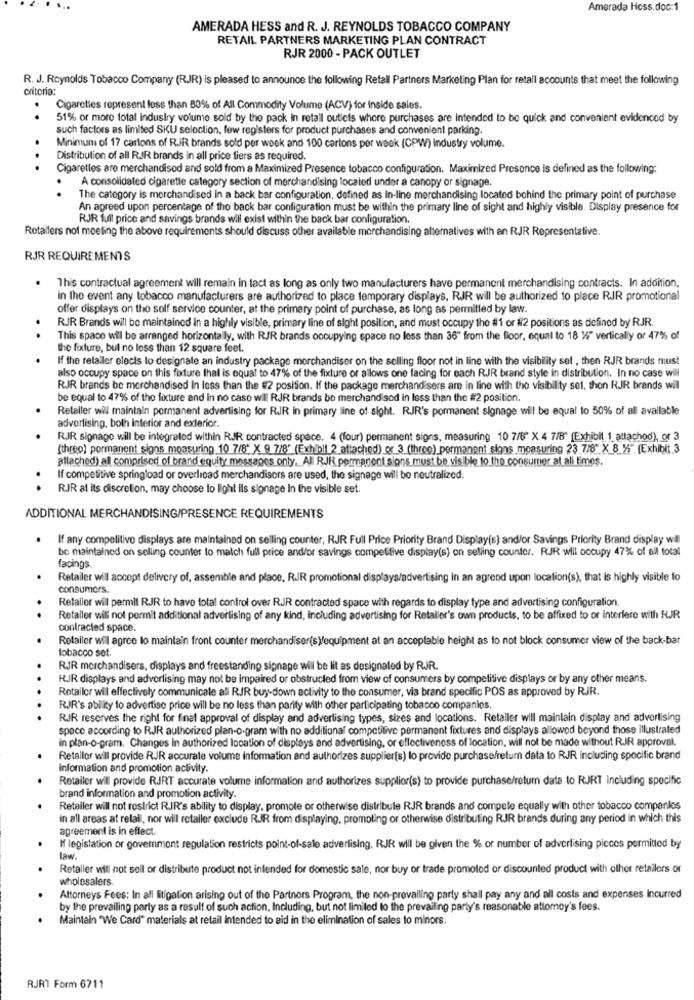
Amorada Hoss.doc:1
AMERADA HESS and R. J. REYNOLDS TOBACCO COMPANY
RETAIL PARTNERS MARKETING PLAN CONTRACT
RJR 2000 - PACK OUTLET
R. J. Reynolds Tobacco Company (RJR) is pleased to announce the following Retail Partners Marketing Plan for retall accounts that meet the following
criteria:
Cigarettes represent less than 80% of All Commodity Volume (ACV) for Inside sales.
..
51% or more total industry volume sold by the pack in retail outlets where purchases are intended to be quick and convenient evidenced by
such factors as limited SKU selection, few registers for product purchases and convenient parking.
.
Minimum of 17 cartons of RJR brands sold per week and 100 cartons per week (CPW) industry volume.
.
Distribution of all RJJR brands in all price fiers as required.
Cigarettes are merchandisod and sold from a Maximized Presence tobacco configuration. Maximized Presence is defined as the following:
A consolidated cigarette category section of merchandising located under a canopy or signage.
..
The category is merchandised in a back bar configuration, defined as In-line merchandising located behind the primary point of purchase
An agreed upon percentage of the back bar configuration must be within the primary line of sight and highly visible. Display presence for
RJR full price and savings brands will exist within the back bar configuration.
Retailers not meeting the above requirements should discuss other available merchandising alternatives with an RJR Representative.
RJR REQUIREMENTS
This contractual agreement will remain in fact as long as only two manufacturers have permanent merchandising contracts. In addition,
in the event any tobacco manufacturers are authorized to place temporary displays, RJR will be authorized to place RJR promotional
offer displays on the self service counter, at the primery point of purchase, as long as permitled by law.
RJR Brands will be maintained in a highly visible, primary line of sight position, and must occupy the #1 or #2 positions as defined by RJR.
.
This space will be arranged horizontally, with RJR brands occupying space no less than 36" from the floor, equal to 18 1/4" vertically or 47% of
the fixture, but no less than 12 square feet.
If the retailer elects to designate an industry package merchandiser on the selling floor not in line with the visibility set , then RJR brands must
also occupy space on this fixture that is equal to 47% of the fixture or allows one facing for each RJR brand style in distribution. In no case wil
RJR brands be merchandised In less than the #2 position. If the package merchandisers are in line with the visibility sel, thon RJR brands wil
be equal to 47% of the fixture and in no caso wil RJR brands be merchandisod in less than the #2 position.
Releller will maintain permanent advertising for RJR in primary line of sight. RJR's pormanent signage will be equal to 50% of all available
advertising, both interior and exterior.
R.IR signage will be integrated within RJR contracted space. 4 (four) permanent signs, measuring 10 7/8" X 4 7/8" (Exhibit 1_attachod), or 3
(three) permanent signs measuring 10 7/8" X 9 7/8" (Exhibif 2 attached) or 3 (three) permanent signs measuring 23 7/8" X 8 1% (Exhibit 3
allached) all comprised of brand equity messages only. All RJR permanent signs must be visible to the consumer at all times.
If competitive springload or overload merchandisers are used, the signage will be neutralized.
. .
RJR at its discretion, may choose to light ils signage In the visible set.
ADDITIONAL MERCHANDISING/PRESENCE REQUIREMENTS
If any competitive displays are maintained on selling counter, RJR Full Price Priority Brand Display(s) and/or Savings Priority Brand display wil
be maintained on selling counter to match full price and/or savings competitive display(s) on selling counter. RJR will occupy 47% of all total
facings
Retailer will accept delivery of, assemble and place, RJR promotional displays/advertising In an agreed upon location(s), that is highly visible to
consumers.
Retailer will permit RJR to have total control over RJJR contracted space with regards to display type and advertising configuration.
..
Retailer will not permit additional advertising of any kind, including advertising for Retailer's own products, to be affixed to or interfere with RJR
contracted space.
.
Retailer will agree to maintain front counter merchandiser(s)equipment at an acceptable height as to not block consumer view of the back-bar
tobacco set.
RJR merchandisers, displays and freestanding signage will be lit as designated by RJJR.
.
RJR displays and advertising may not be impaired or obstructed from view of consumers by competitive displays or by any other means.
Retailer will effectively communicate all RIR buy-down activity to the consumer, via brand specific POS as approved by RJR.
RJR's ability to advertise price will be no less than parity with other participating tobacco companies.
RJR reserves the right for final approval of display and advertising types, sizes and locations. Retaller will maintain display and advertising
space according to RJR authorized plan-o-gram with no additional competitive permanent fixtures and displays allowod beyond those illustrated
in plan-o-gram. Changes in authorized location of displays and advertising, or effectiveness of location, will not be made without RJR approval.
Retailor will provide RJR accurate volume information and authorizes supplier(s) lo provide purchasefretum data to RJR including specific brand
information and promotion activity.
Retailer will provide RJRT accurate volume information and authorizes supplior(s) to provide purchase/return data to RJRT including specific
brand information and promotion activity.
Retailer will not restrict RJR's ability to display, promote or otherwise distribule RJR brands and compete equally with other tobacco compenlos
in all areas at relall, nor will retaller exclude RJR from displaying, promoting or otherwise distributing RJR brands during any period in which this
agreement is in effect.
If legislation or government regulation restricts point-of-sale advertising, RJR will be given the % or number of advertising pieces permitted by
law.
Retailer will not sell or distribute product not intended for domestic sale, nor buy or trade promoted or discounted product with other retailers or
wholesalers.
Attorneys Fees: In all litigation arising out of the Partners Program, the non-prevailing party shall pay any and all costs and expenses Incurred
by the prevailing party as a result of such action, Including, but not limited to the prevailing party's reasonable attomey's fees.
Maintain "We Card" materials at retail Intended to aid in the elimination of sales to minors.
RJRT Form 6711